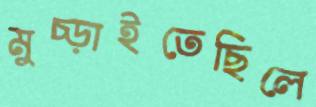
মুচ্‌ড়াইতেছিলে